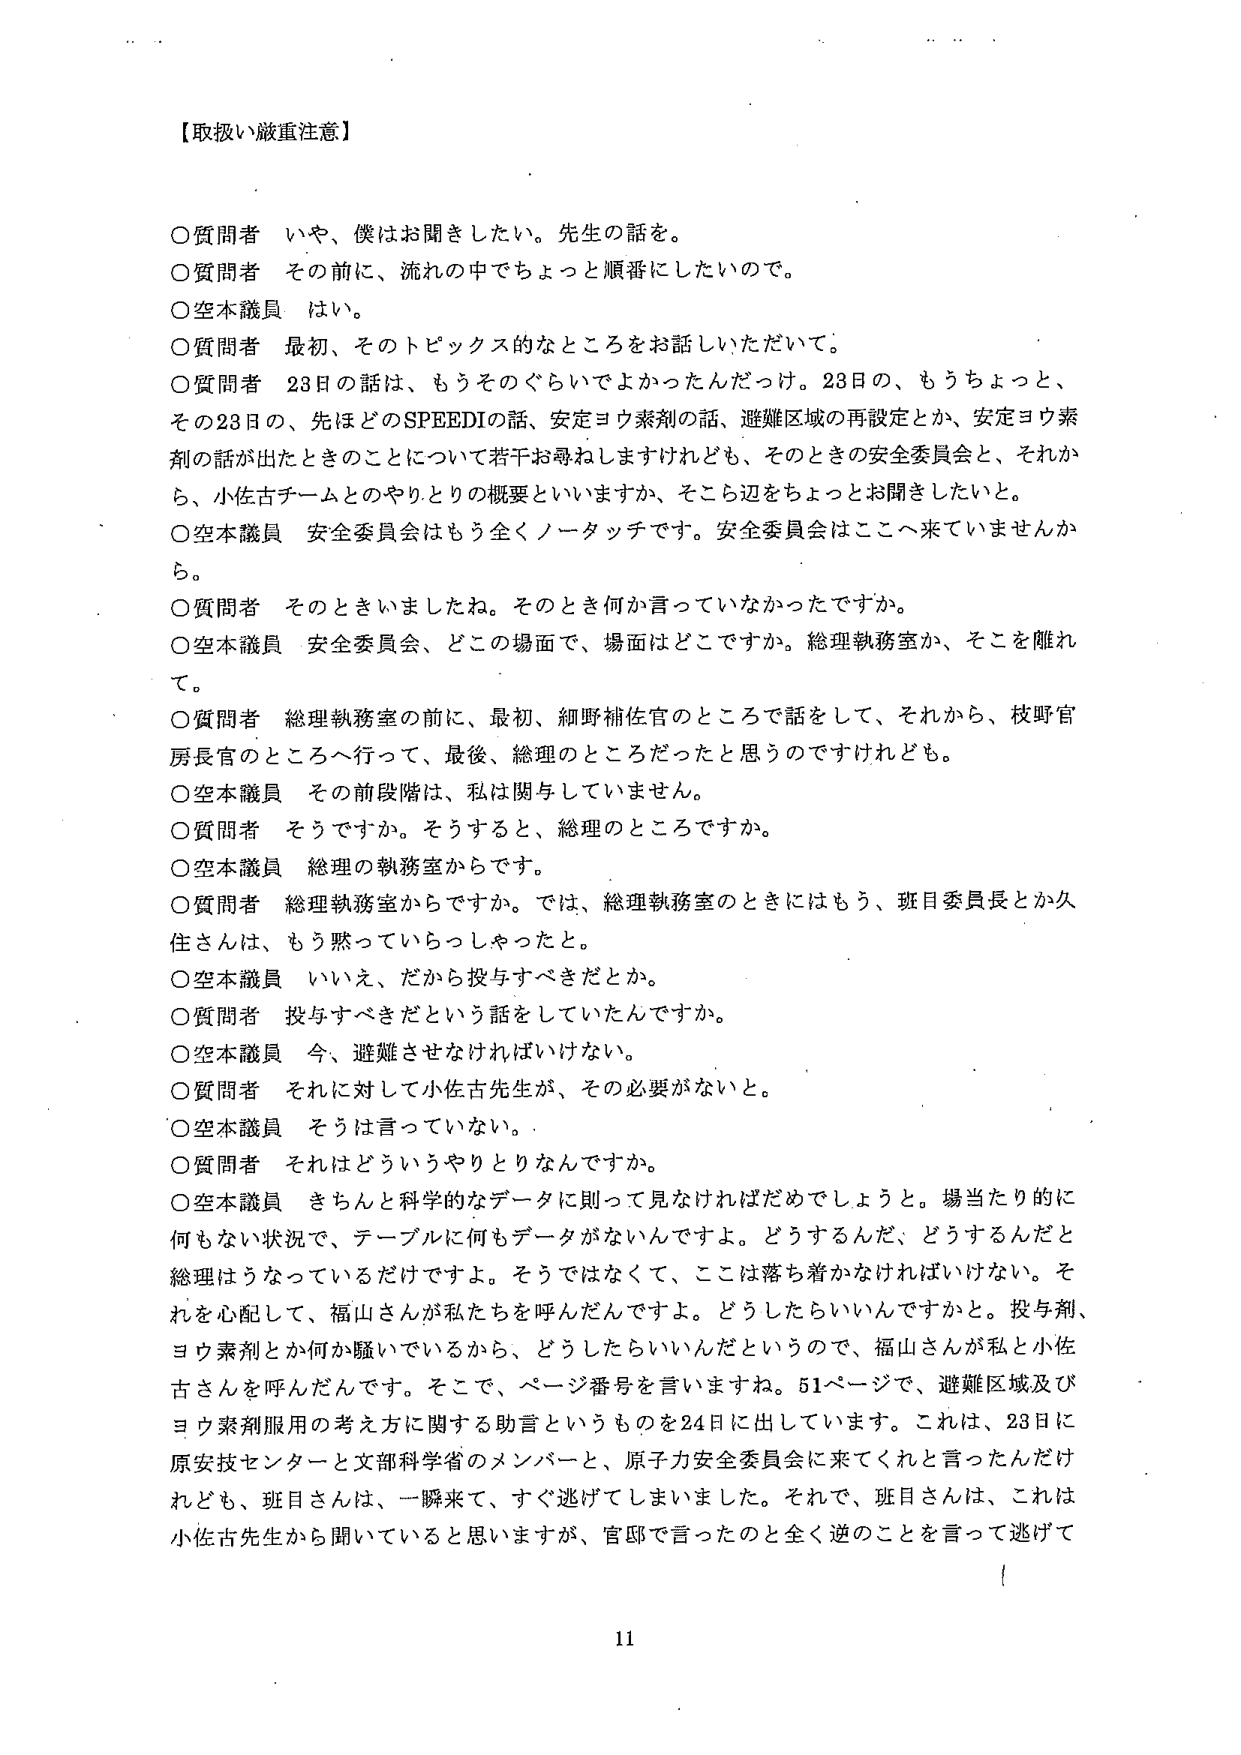
【取扱い厳重注意】

○質問者　いや、僕はお聞きしたい。先生の話を。
○質問者　その前に、流れの中でちょっと順番にしたいので。
○空本議員　はい。
○質問者　最初、そのトピックス的なところをお話しいただいて。
○質問者　23日の話は、もうそのぐらいでよかったんだっけ。23日の、もうちょっと、その23日の、先ほどのSPEEDIの話、安定ヨウ素剤の話、避難区域の再設定とか、安定ヨウ素剤の話が出たときのことについて若干お尋ねしますけれども、そのときの安全委員会と、それから、小佐古チームとのやりとりの概要といいますか、そこら辺をちょっとお聞きしたいと。
○空本議員　安全委員会はもう全くノータッチです。安全委員会はここへ来ていませんから。
○質問者　そのときいましたね。そのとき何か言っていなかったですか。
○空本議員　安全委員会、どこの場面で、場面はどこですか。総理執務室か、そこを離れて。
○質問者　総理執務室の前に、最初、細野補佐官のところで話をして、それから、枝野官房長官のところへ行って、最後、総理のところだったと思うのですけれども。
○空本議員　その前段階は、私は関与していません。
○質問者　そうですか。そうすると、総理のところですか。
○空本議員　総理の執務室からです。
○質問者　総理執務室からですか。では、総理執務室のときにはもう、班目委員長とか久住さんは、もう黙っていらっしゃったと。
○空本議員　いいえ、だから投与すべきだとか。
○質問者　投与すべきだという話をしていたんですか。
○空本議員　今、避難させなければいけない。
○質問者　それに対して小佐古先生が、その必要がないと。
○空本議員　そうは言っていない。
○質問者　それはどういうやりとりなんですか。
○空本議員　きちんと科学的なデータに則って見なければだめでしょうと。場当たり的に何もない状況で、テーブルに何もデータがないんですよ。どうするんだ、どうするんだと総理はうなっているだけですよ。そうではなくて、ここは落ち着かなければいけない。それを心配して、福山さんが私たちを呼んだんですよ。どうしたらいいんですかと。投与剤、ヨウ素剤とか何か騒いでいるから、どうしたらいいんだというので、福山さんが私と小佐古さんを呼んだんです。そこで、ページ番号を言いますね。51ページで、避難区域及びヨウ素剤服用の考え方に関する助言というものを24日に出しています。これは、23日に原安技センターと文部科学省のメンバーと、原子力安全委員会に来てくれと言ったんだけども、班目さんは、一瞬来て、すぐ逃げてしまいました。それで、班目さんは、これは小佐古先生から聞いていると思いますが、官邸で言ったのと全く逆のことを言って逃げて

11